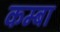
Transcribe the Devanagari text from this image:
कम्बा